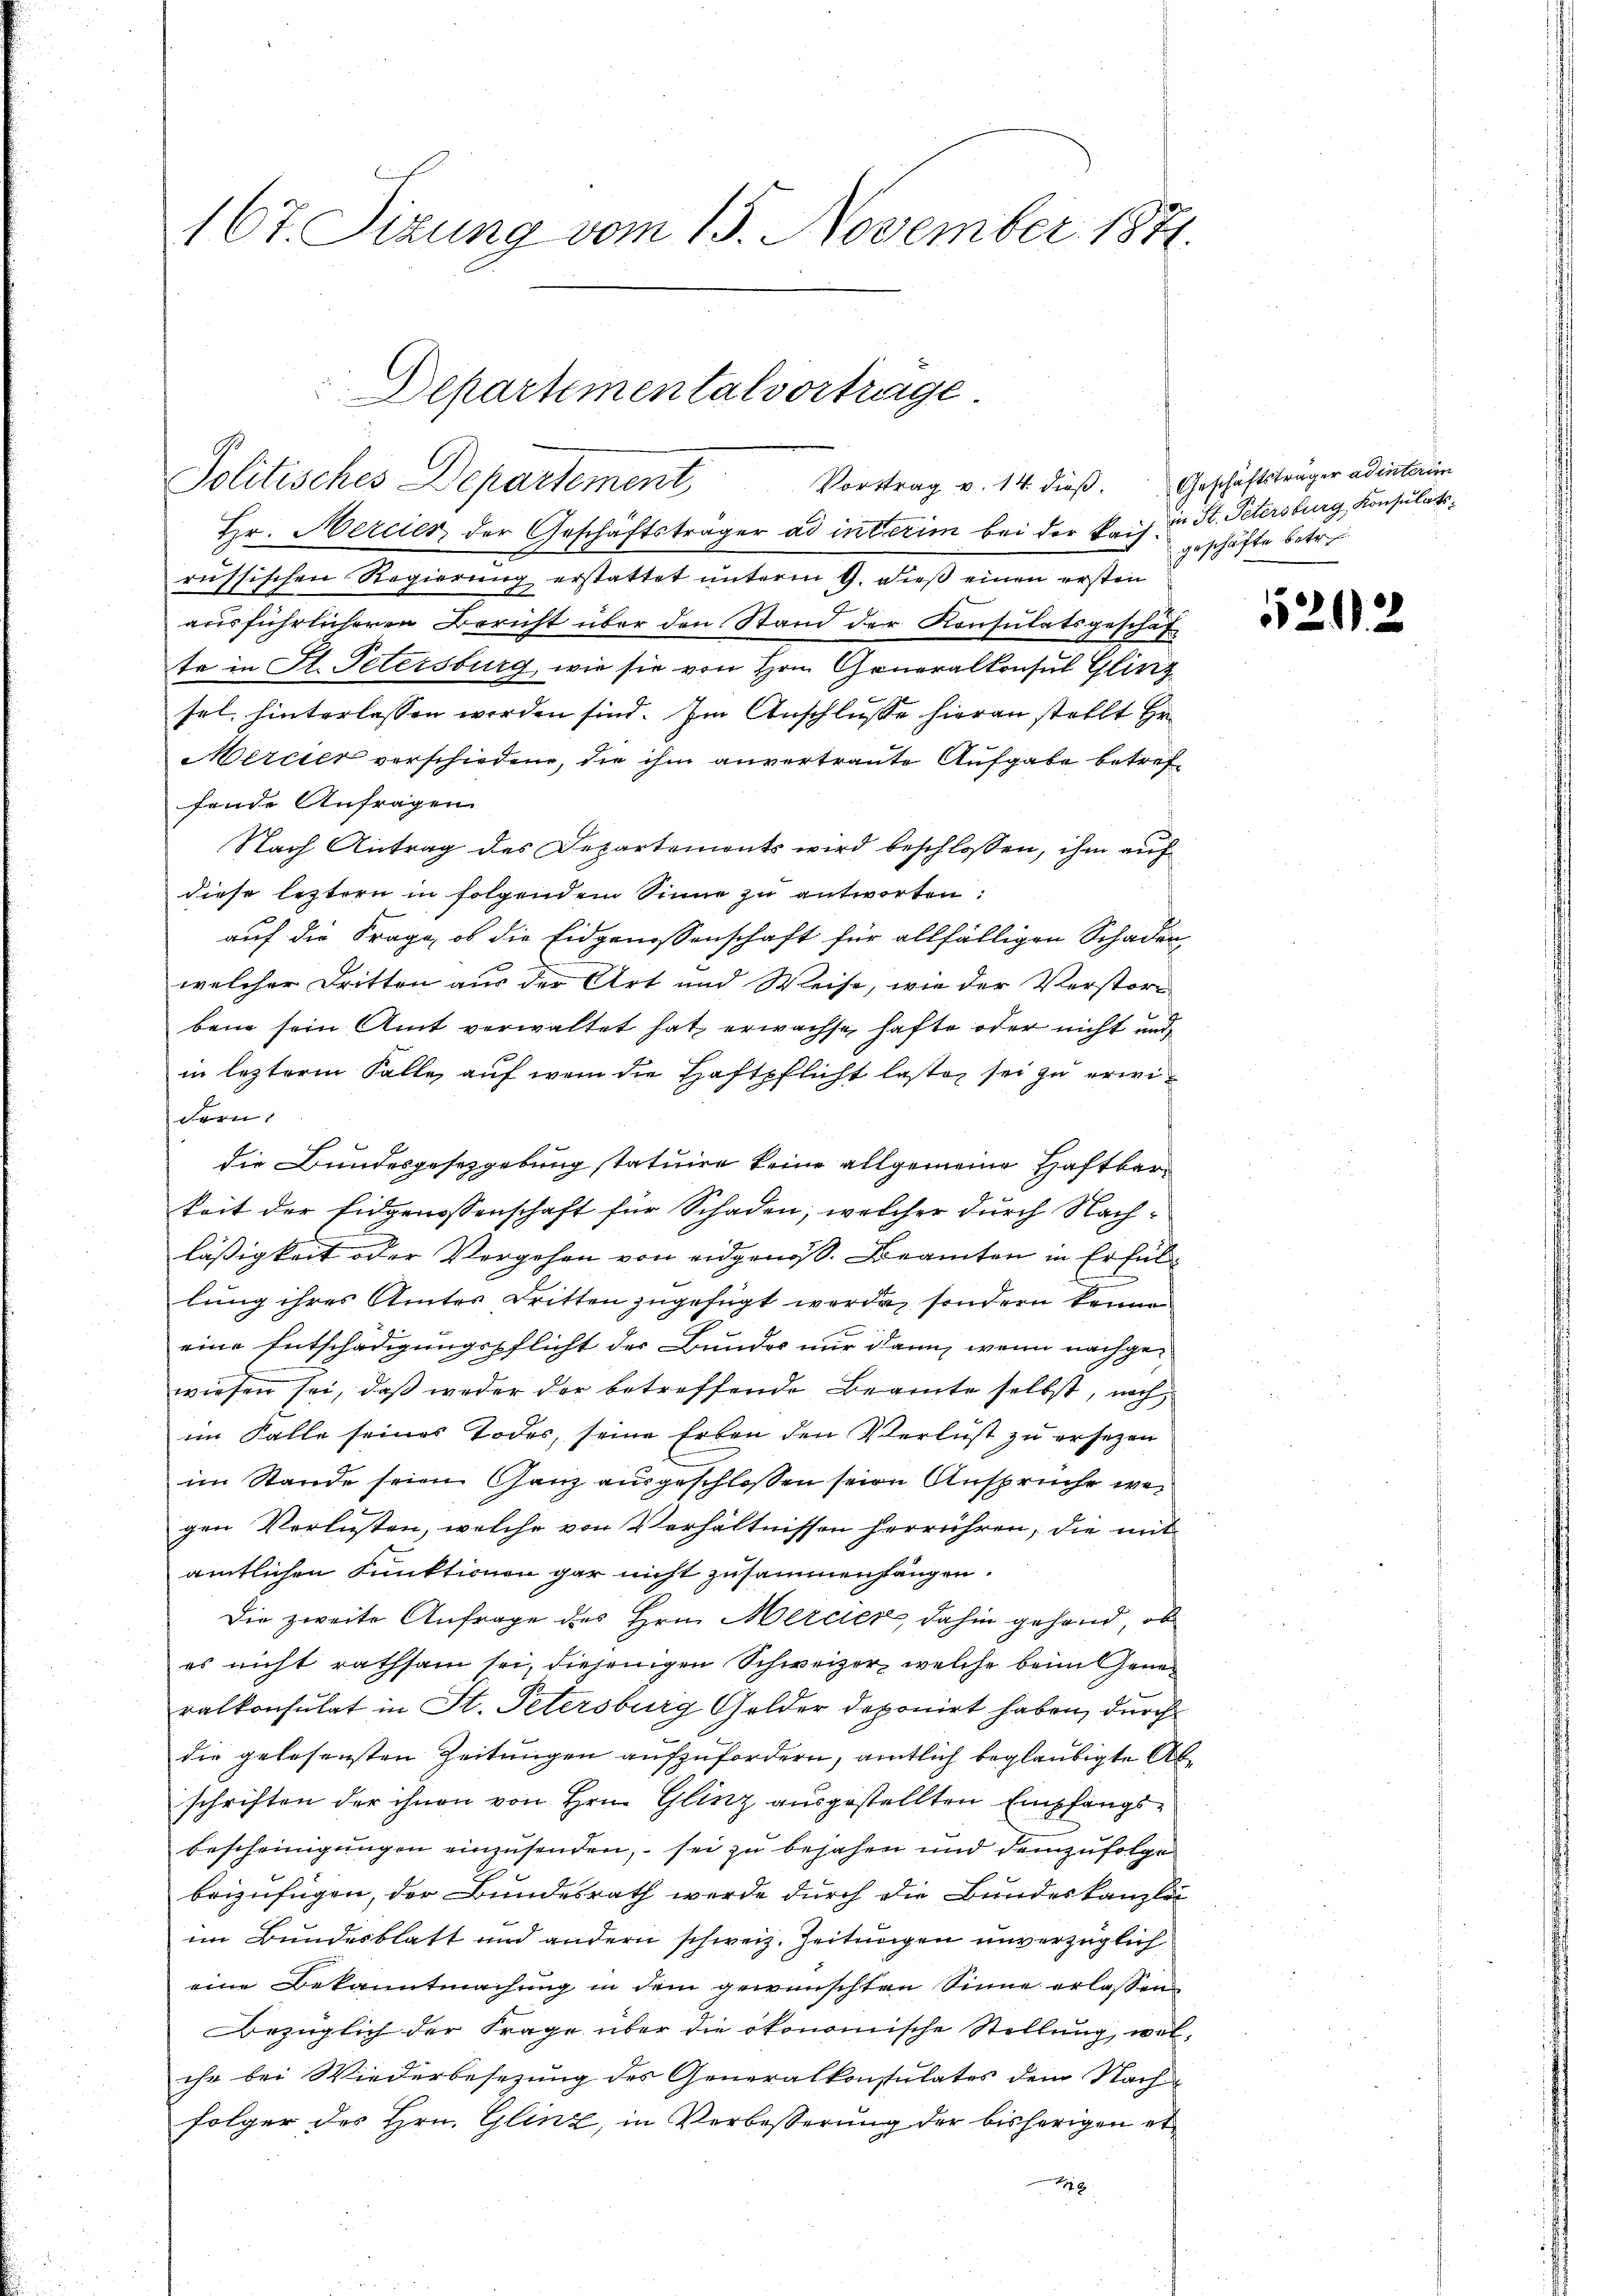
167. Sizung vom 15. November 1871.

Departementalvortrage
Politisches Departement
Vortrag v. 14 dieß.

Hr. Mercier, der Geschäftsträger ad interim bei der Kais u St. Petersburg, Konsulatsd
russischen Regierung erstattet unterm 9. dieß einen ersten
ausführlicheren Bericht über den Stand der Konsulatsgeschäf
te in St. Petersburg, wie sie von Hrn. Generalkonsul Gli
sel. hinterlassen werden sind. Im Anschlusse hieran stellt Hr
Mercier verschiedene, die ihm anvertraute Aufgabe betref
fende Anfragen
Nach Antrag des Departements wird beschlossen, ihm auf
diese leztern in folgendem Sinne zu antworten:
auf die Frage, ob die Eidgenossenschaft für allfälligen Schaden-
welcher Dritten aus der Art und Weise, wie der Verstor-
bene sein Amt verwaltet hat erwachse hafte oder nicht und
in lezterm Falle, auf wem die Haftpflicht lasten sei zu erwidern.
die Bundesgesetzgebung statuire keine allgemeine Haftbarkeit der Eidgenossenschaft für Schaden, welcher durch Nachläßigkeit oder Vergehen von eidgenoß. Beamten in Erfül¬
.
lung ihres Amtes Dritten zugefügt werde, sondern keine
eine Entschädigungspflicht der Bundes nur dann, wenn nachgewiesen sei, daß weder der betreffende Beamte selbst, nach
im Falle seines Todes, seine Erben den Verlust zu ersezen
im Stande seien Ganz ausgeschlossen seien Ansprüche wegen Verlüsten, welche von Verhältnissen herrühren, die mit
amtlichen Funktionen gar nicht zusammenhängen.
Die zweite Anfrage des Hrn. Mercier, dahin gehand, ob
es nicht rathsam sei, diejenigen Schweizer, welche beim Generalkonsulat in St. Petersburg Golder deponirt haben, durch
die gelesensten Zeitungen aufzufordern, amtlich beglaubigte Abschriften der ihnen von Hrn. Glinz ausgestellten Empfangs¬
Bescheinigungen einzusenden, sei zu bejahen und demzufolge
beizufügen, der Bundesrath werde durch die Bundeskanzle
im Bundesblatt und andern schweiz. Zeitungen unverzüglich
eine Bekanntmachung in dem gewünschten Sinne erlassen
Bezüglich der Frage über die ökonomische Stellung, welihr bei Wiederbesezung des Generalkonsulates dem Nach
folger des Hrn. Glinz, in Verbesserung der bisherigen et
6

Geschäftsträger ad interun
geschäfte betref

5312